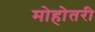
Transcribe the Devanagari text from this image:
मोहोतरी